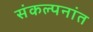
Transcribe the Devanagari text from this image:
संकल्पनांत